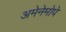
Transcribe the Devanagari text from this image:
अमेनेमोपे